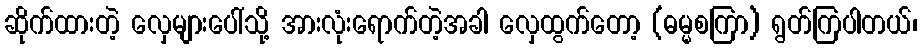
ဆိုက်ထားတဲ့ လှေများပေါ်သို့ အားလုံးရောက်တဲ့အခါ လှေထွက်တော့ (ဓမ္မစကြာ) ရွတ်ကြပါတယ်၊